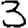
Digit: 3